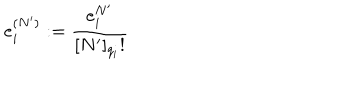
LaTeX: e _ { i } ^ { ( N ^ { \prime } ) } : = \frac { e _ { i } ^ { N ^ { \prime } } } { [ N ^ { \prime } ] _ { q _ { i } } ! }